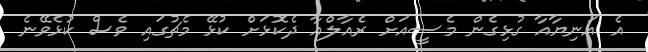
އެ އަނިޔާއާ ގުޅިގެން މެސީއަށް ރެއާލްއާ ދެކޮޅަށް ކުޅޭ މެޗުގައި ވެސް ކުޅެވޭނެ